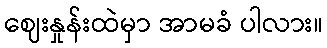
ဈေးနှုန်းထဲမှာ အာမခံ ပါလား။